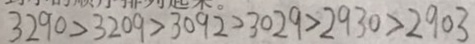
3 2 9 0 > 3 2 0 9 > 3 0 9 \dot { 2 } > 3 0 2 9 > 2 9 3 0 > 2 9 0 3